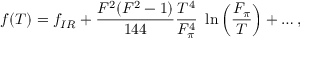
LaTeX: f ( T ) = f _ { I R } + \frac { F ^ { 2 } ( F ^ { 2 } - 1 ) } { 1 4 4 } \frac { T ^ { 4 } } { F _ { \pi } ^ { 4 } } ~ \ln \left( \frac { F _ { \pi } } { T } \right) + \ldots ,